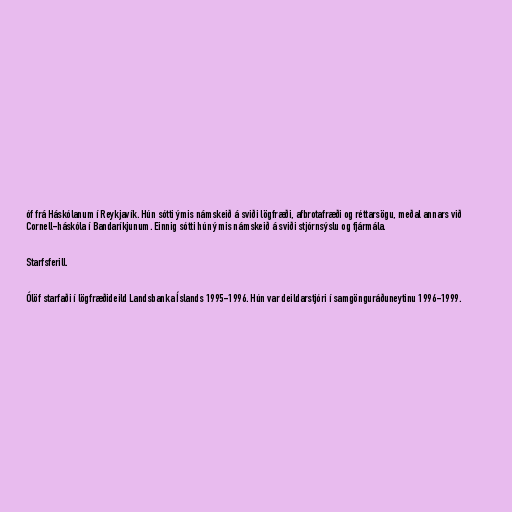
óf frá Háskólanum í Reykjavík. Hún sótti ýmis námskeið á sviði lögfræði, afbrotafræði og réttarsögu, meðal annars við
Cornell-háskóla í Bandaríkjunum. Einnig sótti hún ýmis námskeið á sviði stjórnsýslu og fjármála.

Starfsferill.

Ólöf starfaði í lögfræðideild Landsbanka Íslands 1995-1996. Hún var deildarstjóri í samgönguráðuneytinu 1996-1999.